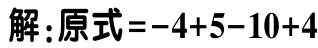
解：原式\(=-4 + 5 - 10 + 4\)